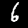
Digit: 6